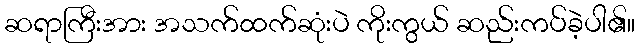
ဆရာကြီးအား အသက်ထက်ဆုံးပဲ ကိုးကွယ် ဆည်းကပ်ခဲ့ပါ၏။